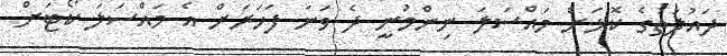
ދައުލަތުގެ ކޮޅަށް މައްސަލަ ނިންމުނީ ދެ ވަނަ ފަހަރަށް އެ މައްސަލަ ކޯޓަށް